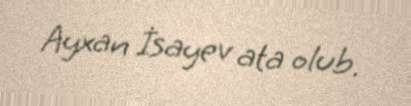
Ayxan İsayev ata olub.